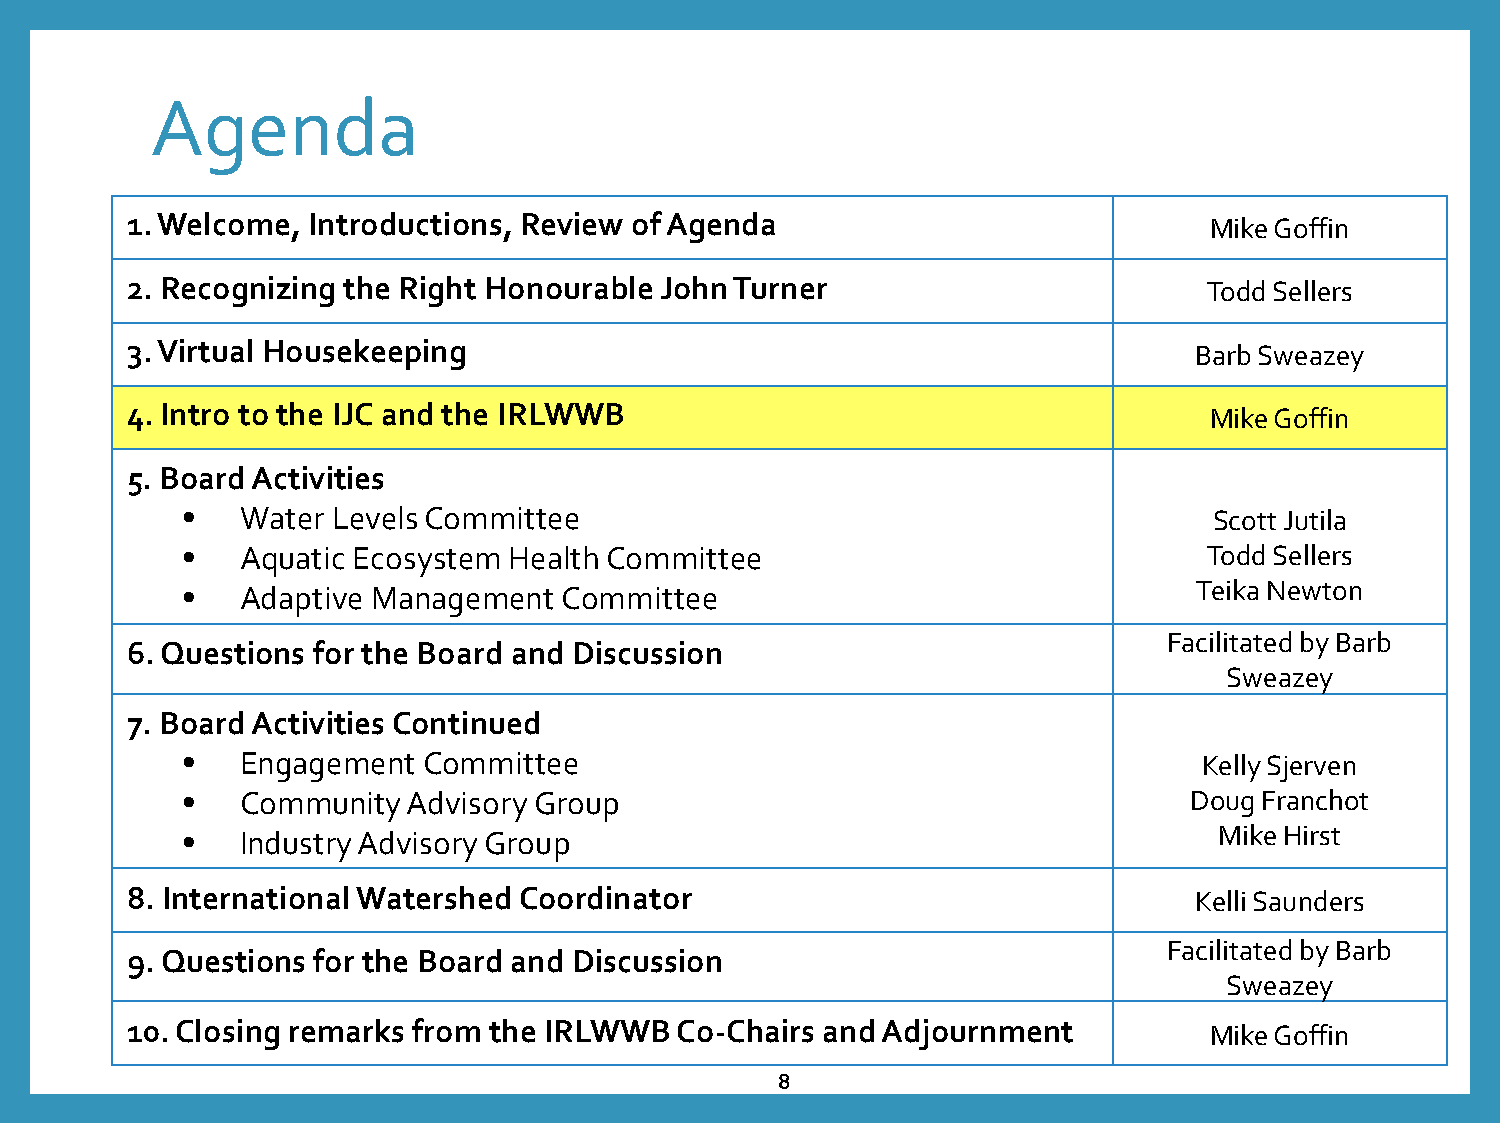
Agenda
 1. Welcome, Introductions, Review of Agenda                             Mike Goffin
 2. Recognizing the Right Honourable John Turner                         Todd Sellers
 3. Virtual Housekeeping                                                Barb Sweazey
 4. Intro to the IJC and the IRLWWB                                      Mike Goffin
 5. Board Activities
 •   Water Levels Committee                                          Scott Jutila
 •   Aquatic Ecosystem Health Committee                              Todd Sellers
 •   Adaptive Management  Committee                                 Teika Newton
 Facilitated by Barb
 6. Questions for the Board and Discussion
 Sweazey
 7. Board Activities Continued
 •   Engagement  Committee                                           Kelly Sjerven
 •   Community  Advisory Group                                      Doug Franchot
 •   Industry Advisory Group                                          Mike Hirst
 8. International Watershed Coordinator                                 Kelli Saunders
 Facilitated by Barb
 9. Questions for the Board and Discussion
 Sweazey
 10. Closing remarks from the IRLWWB  Co-Chairs and Adjournment          Mike Goffin
 8